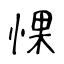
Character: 惈